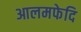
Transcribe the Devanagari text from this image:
आलमफेदि